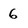
Character: 6